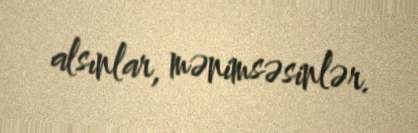
alsınlar, mənimsəsinlər.